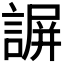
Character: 𧩱